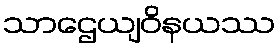
သာဌေယျဝိနယဿ